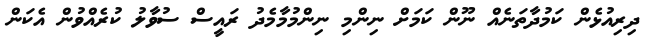
ދިރިއުޅެން ކަމުދާތަނެއް ނޫން ކަމަށް ނިންމި ނިންމުމާމެދު ރައީސް ސުވާލު ކުރެއްވުުން އެކަން